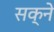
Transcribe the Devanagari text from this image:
सक्ने